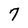
Character: 7